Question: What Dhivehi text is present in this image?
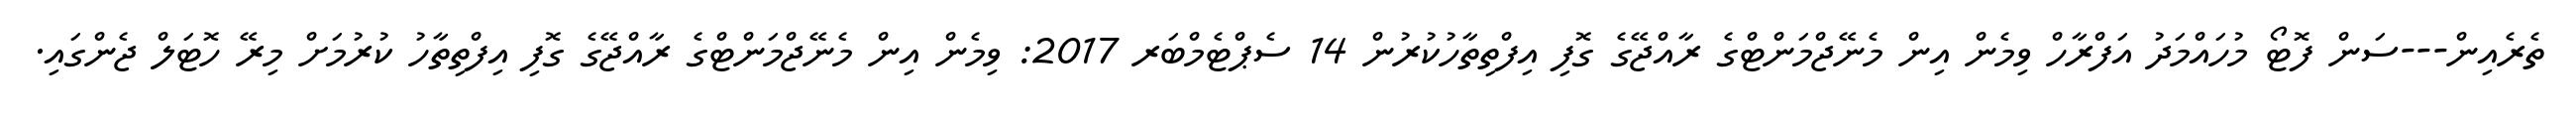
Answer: ތެރެއިން---ސަން ފޮޓޯ މުހައްމަދު އަފްރާހް ވިމެން އިން މެނޭޖްމަންޓްގެ ރާއްޖޭގެ ގޮފި އިފްތިތާހުކުރުން 14 ސެޕްޓެމްބަރ 2017: ވިމެން އިން މެނޭޖްމަންޓްގެ ރާއްޖޭގެ ގޮފި އިފްތިތާހު ކުރުމަށް މިރޭ ހޮޓަލް ޖެންގައި.